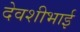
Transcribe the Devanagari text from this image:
देवशीभाई